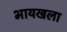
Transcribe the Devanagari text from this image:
भायखला